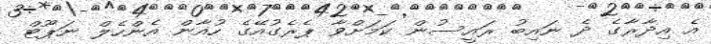
އެ އިދާރާގެ ދެ ނައިބު ރައީސުން ކަމަށްވާ ޕެރެގުއޭގެ ހުއާން އެންހެލް ނަޕޫޓް